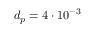
d _ { p } = 4 \cdot 1 0 ^ { - 3 }